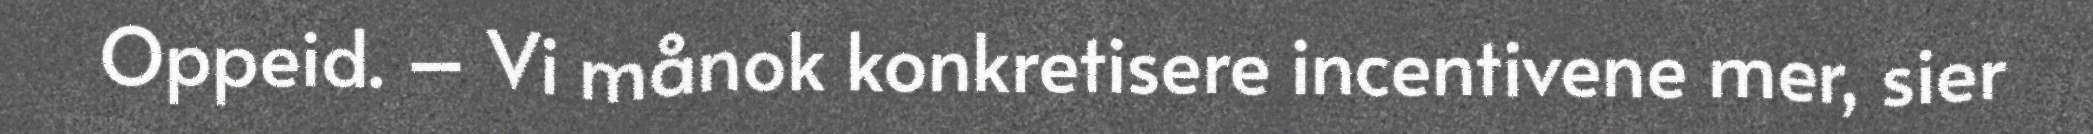
Oppeid. – Vi månok konkretisere incentivene mer, sier